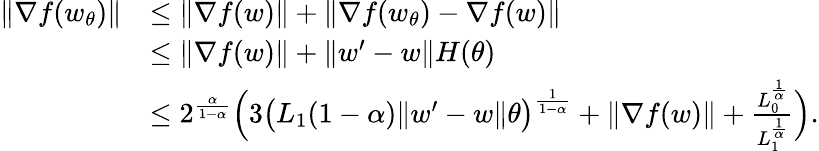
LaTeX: \begin{array}{rl}{\| \nabla f(w_{\theta})\| }&{\le\| \nabla f(w)\| +\| \nabla f(w_{\theta})-\nabla f(w)\| }\\ &{\le\| \nabla f(w)\| +\| w^{\prime}-w\| H(\theta)}\\ &{\le 2^{\frac{\alpha}{1-\alpha}}\Big(3\big(L_{1}(1-\alpha)\| w^{\prime}-w\| \theta\big)^{\frac{1}{1-\alpha}}+\| \nabla f(w)\| +\frac{L_{0}^{\frac{1}{\alpha}}}{L_{1}^{\frac{1}{\alpha}}}\Big).}\end{array}